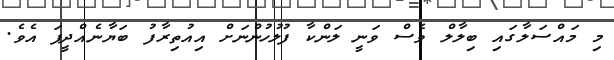
މި މައްސަލާގައި ބިލާލް ވެސް ވަނީ ލަންކާ ފުލުހުންނަށް އިއުތިރާފު ބަޔާނެއްދީފަ އެވެ.